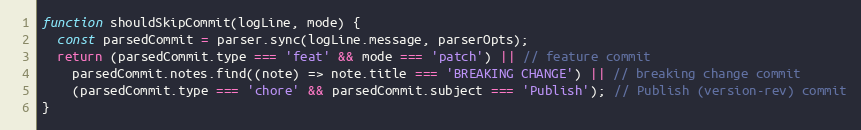
Language: JavaScript
function shouldSkipCommit(logLine, mode) {
  const parsedCommit = parser.sync(logLine.message, parserOpts);
  return (parsedCommit.type === 'feat' && mode === 'patch') || // feature commit
    parsedCommit.notes.find((note) => note.title === 'BREAKING CHANGE') || // breaking change commit
    (parsedCommit.type === 'chore' && parsedCommit.subject === 'Publish'); // Publish (version-rev) commit
}